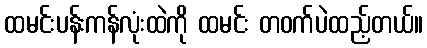
ထမင်းပန်းကန်လုံးထဲကို ထမင်း တဝက်ပဲထည့်တယ်။